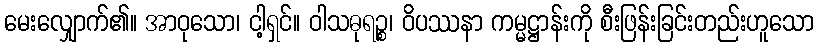
မေးလျှောက်၏။ အာဝုသော၊ ငါ့ရှင်။ ဝါသဓုရဉ္စ၊ ဝိပဿနာ ကမ္မဋ္ဌာန်းကို စီးဖြန်းခြင်းတည်းဟူသော